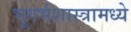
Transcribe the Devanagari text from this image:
भूगर्भशास्त्रामध्ये